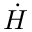
\dot { H }